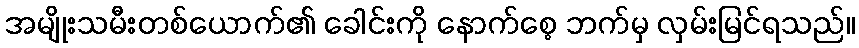
အမျိုးသမီးတစ်ယောက်၏ ခေါင်းကို နောက်စေ့ ဘက်မှ လှမ်းမြင်ရသည်။